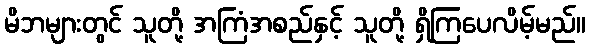
မိဘများတွင် သူတို့ အကြံအစည်နှင့် သူတို့ ရှိကြပေလိမ့်မည်။